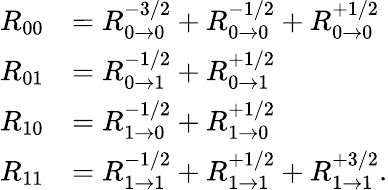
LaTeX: \begin{array}{rl}{R_{00}}&{=R_{0\rightarrow 0}^{-3/2}+R_{0\rightarrow 0}^{-1/2}+R_{0\rightarrow 0}^{+1/2}}\\ {R_{01}}&{=R_{0\rightarrow 1}^{-1/2}+R_{0\rightarrow 1}^{+1/2}}\\ {R_{10}}&{=R_{1\rightarrow 0}^{-1/2}+R_{1\rightarrow 0}^{+1/2}}\\ {R_{11}}&{=R_{1\rightarrow 1}^{-1/2}+R_{1\rightarrow 1}^{+1/2}+R_{1\rightarrow 1}^{+3/2}.}\end{array}